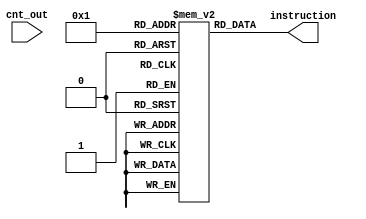
module instructionmemory
#(
  parameter integer AWIDTH=8,
  parameter integer DWIDTH=32
 )
 (
  
 input  wire [AWIDTH-1:0] cnt_out ,
  output  wire [DWIDTH-1:0] instruction
 );
  reg [DWIDTH-1:0] imemory [0:31];
  initial 
	begin
		imemory[0]=32'h00007033;
                imemory[1]= 32'h00208433;	
                imemory[2]=32'h404404b3;
                imemory[3]=32'h404404b3;
                imemory[4]=32'h00317533;
                imemory[5]=32'h0041e5b3;
                	
	end

  assign instruction= imemory[1]; 
  
endmodule